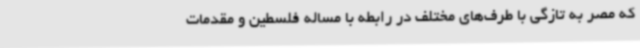
که مصر به تازگی با طرف‌های مختلف در رابطه با مساله فلسطین و مقدمات